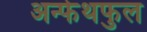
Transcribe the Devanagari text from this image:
अन्फेथफुल